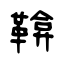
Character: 鞥